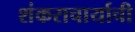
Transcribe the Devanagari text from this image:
शंकराचार्याची